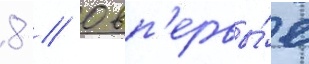
8 // 0 вп'ервы́е